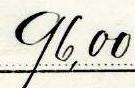
96,00